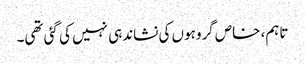
تاہم، خاص گروہوں کی نشاندہی نہیں کی گئی تھی۔